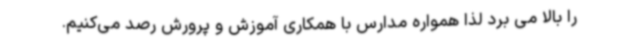
را بالا می برد لذا همواره مدارس با همکاری آموزش و پرورش رصد می‌کنیم.